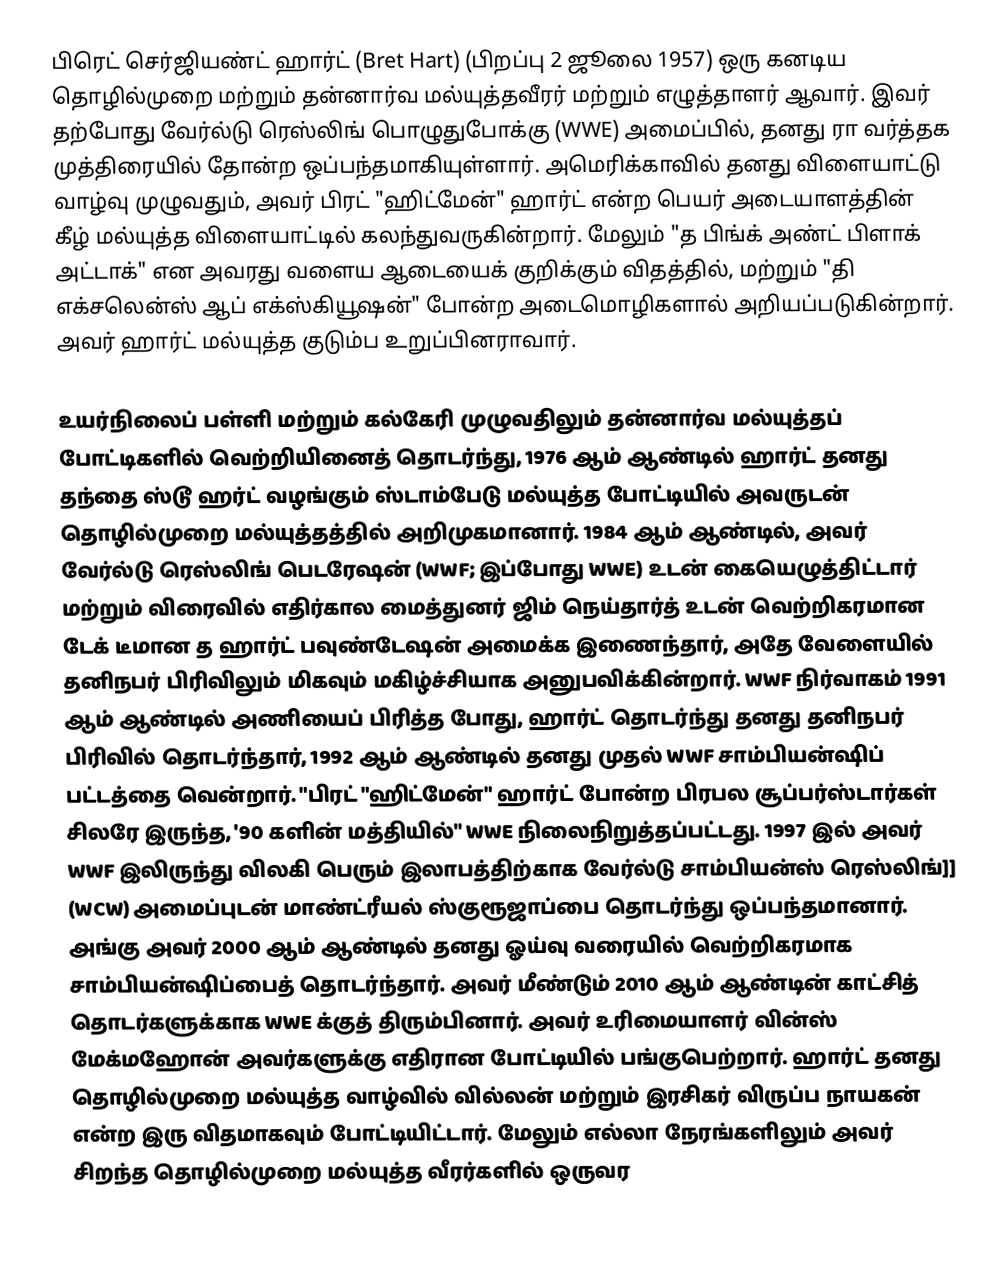
பிரெட் செர்ஜியண்ட் ஹார்ட் (Bret Hart) (பிறப்பு 2 ஜூலை 1957) ஒரு கனடிய தொழில்முறை மற்றும் தன்னார்வ மல்யுத்தவீரர் மற்றும் எழுத்தாளர் ஆவார். இவர் தற்போது வேர்ல்டு ரெஸ்லிங் பொழுதுபோக்கு (WWE) அமைப்பில், தனது ரா வர்த்தக முத்திரையில் தோன்ற ஒப்பந்தமாகியுள்ளார். அமெரிக்காவில் தனது விளையாட்டு வாழ்வு முழுவதும், அவர் பிரட் "ஹிட்மேன்" ஹார்ட் என்ற பெயர் அடையாளத்தின் கீழ் மல்யுத்த விளையாட்டில் கலந்துவருகின்றார். மேலும் "த பிங்க் அண்ட் பிளாக் அட்டாக்" என அவரது வளைய ஆடையைக் குறிக்கும் விதத்தில், மற்றும் "தி எக்சலென்ஸ் ஆப் எக்ஸ்கியூஷன்" போன்ற அடைமொழிகளால் அறியப்படுகின்றார். அவர் ஹார்ட் மல்யுத்த குடும்ப உறுப்பினராவார்.

உயர்நிலைப் பள்ளி மற்றும் கல்கேரி முழுவதிலும் தன்னார்வ மல்யுத்தப் போட்டிகளில் வெற்றியினைத் தொடர்ந்து, 1976 ஆம் ஆண்டில் ஹார்ட் தனது தந்தை ஸ்டூ ஹர்ட் வழங்கும் ஸ்டாம்பேடு மல்யுத்த போட்டியில் அவருடன் தொழில்முறை மல்யுத்தத்தில் அறிமுகமானார். 1984 ஆம் ஆண்டில், அவர் வேர்ல்டு ரெஸ்லிங் பெடரேஷன் (WWF; இப்போது WWE) உடன் கையெழுத்திட்டார் மற்றும் விரைவில் எதிர்கால மைத்துனர் ஜிம் நெய்தார்த் உடன் வெற்றிகரமான டேக் டீமான த ஹார்ட் பவுண்டேஷன் அமைக்க இணைந்தார், அதே வேளையில் தனிநபர் பிரிவிலும் மிகவும் மகிழ்ச்சியாக அனுபவிக்கின்றார். WWF நிர்வாகம் 1991 ஆம் ஆண்டில் அணியைப் பிரித்த போது, ஹார்ட் தொடர்ந்து தனது தனிநபர் பிரிவில் தொடர்ந்தார், 1992 ஆம் ஆண்டில் தனது முதல் WWF சாம்பியன்ஷிப் பட்டத்தை வென்றார். "பிரட் "ஹிட்மேன்" ஹார்ட் போன்ற பிரபல சூப்பர்ஸ்டார்கள் சிலரே இருந்த, '90 களின் மத்தியில்" WWE நிலைநிறுத்தப்பட்டது. 1997 இல் அவர் WWF இலிருந்து விலகி பெரும் இலாபத்திற்காக வேர்ல்டு சாம்பியன்ஸ் ரெஸ்லிங்]] (WCW) அமைப்புடன் மாண்ட்ரீயல் ஸ்குரூஜாப்பை தொடர்ந்து ஒப்பந்தமானார். அங்கு அவர் 2000 ஆம் ஆண்டில் தனது ஓய்வு வரையில் வெற்றிகரமாக சாம்பியன்ஷிப்பைத் தொடர்ந்தார். அவர் மீண்டும் 2010 ஆம் ஆண்டின் காட்சித் தொடர்களுக்காக WWE க்குத் திரும்பினார். அவர் உரிமையாளர் வின்ஸ் மேக்மஹோன் அவர்களுக்கு எதிரான போட்டியில் பங்குபெற்றார். ஹார்ட் தனது தொழில்முறை மல்யுத்த வாழ்வில் வில்லன் மற்றும் இரசிகர் விருப்ப நாயகன் என்ற இரு விதமாகவும் போட்டியிட்டார். மேலும் எல்லா நேரங்களிலும் அவர் சிறந்த தொழில்முறை மல்யுத்த வீரர்களில் ஒருவர